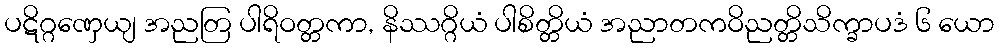
ပဋိဂ္ဂဏှေယျ အညတြ ပါရိဝတ္တကာ, နိဿဂ္ဂိယံ ပါစိတ္တိယံ အညာတကဝိညတ္တိသိက္ခာပဒံ ၆ ယော